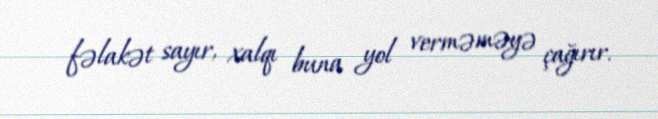
fəlakət sayır, xalqı buna yol verməməyə çağırır.